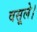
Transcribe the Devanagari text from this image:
वसूले।